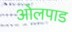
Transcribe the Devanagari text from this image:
ओलपाड